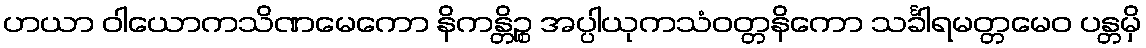
ဟယာ ဝါယောကသိဏမေကော နိကန္တိဉ္စ အပ္ပါယုကသံဝတ္တနိကော သင်္ခါရမတ္တမေဝ ပန္တမှိ